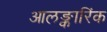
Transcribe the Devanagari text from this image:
आलङ्कारिंक